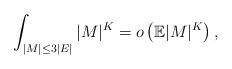
LaTeX: \begin{align*} \int_{|M| \le 3 |E|} |M|^K = o\left( \mathbb E |M|^{K} \right), \end{align*}